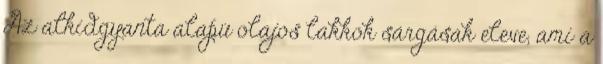
Az alkidgyanta alapú olajos lakkok sárgásak eleve, ami a